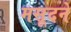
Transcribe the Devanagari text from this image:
मसूदने